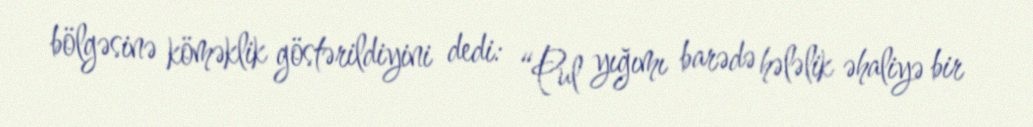
bölgəsinə köməklik göstərildiyini dedi: “Pul yığımı barədə hələlik əhaliyə bir